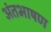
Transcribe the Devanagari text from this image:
अंतभाषण